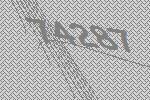
74287